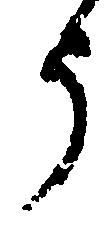
う